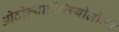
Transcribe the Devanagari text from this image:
ओटोल्यारिंजियोलोजी